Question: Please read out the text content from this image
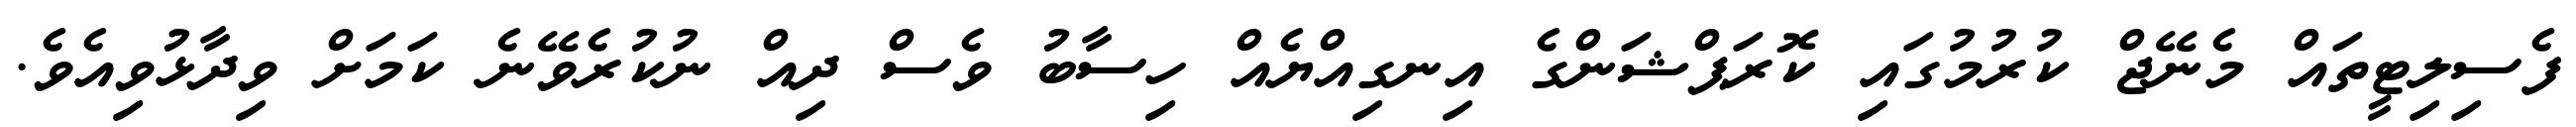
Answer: ފެސިލިޓީތައް މެނޭޖް ކުރުމުގައި ކޮރަޕްޝަންގެ އިނގިއްޔެއް ހިސާބު ވެސް ދިއް ނުކުރެވޭނެ ކަމަށް ވިދާޅުވިއެވެ.